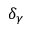
\delta _ { \gamma }